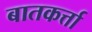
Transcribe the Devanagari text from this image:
बातकर्त्ता